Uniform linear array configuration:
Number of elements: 64
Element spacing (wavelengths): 1
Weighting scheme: exponential
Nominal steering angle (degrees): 45
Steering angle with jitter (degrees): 46.401
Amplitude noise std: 0.05
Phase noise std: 0.05

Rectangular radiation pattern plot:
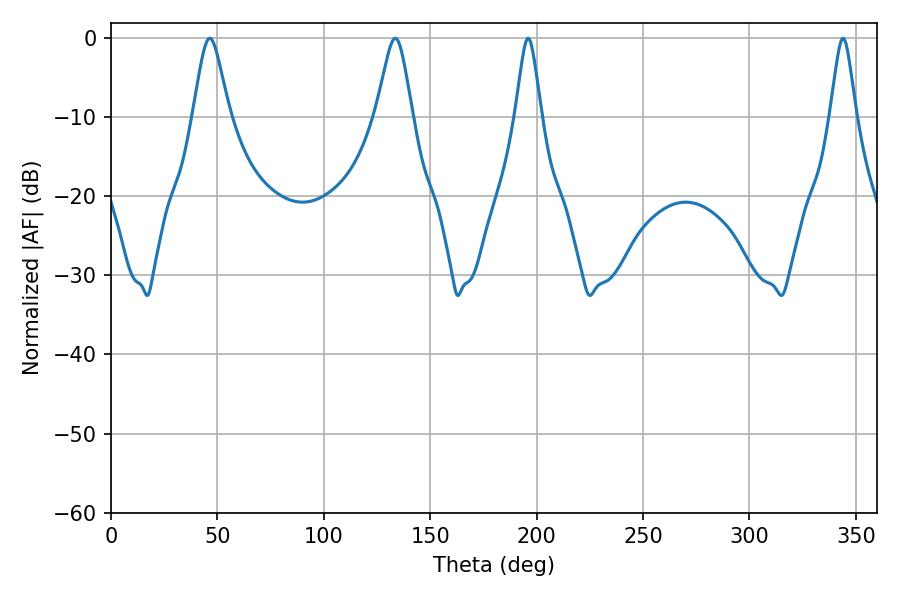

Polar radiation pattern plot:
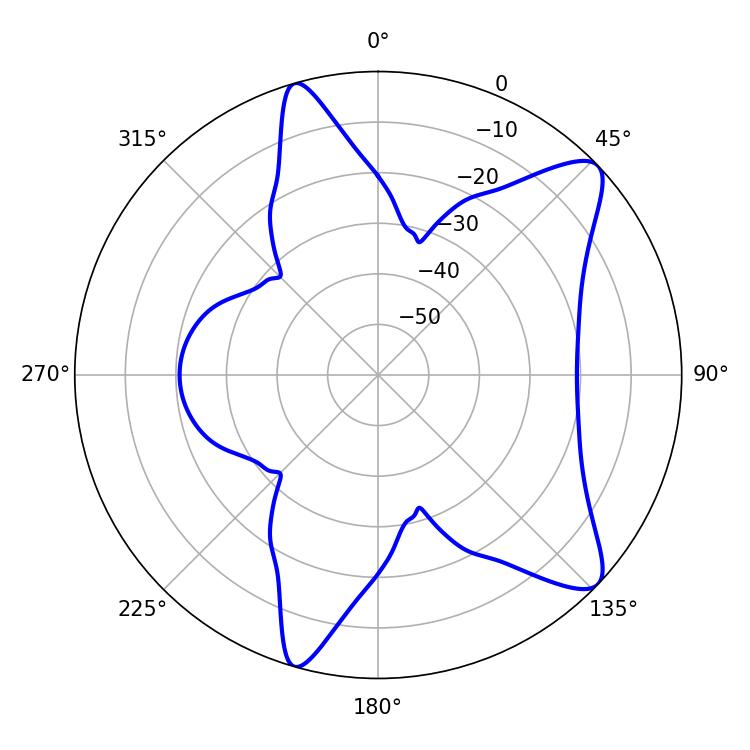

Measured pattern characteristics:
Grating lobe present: TRUE
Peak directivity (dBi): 10.144
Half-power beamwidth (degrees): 5.76
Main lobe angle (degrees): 343.98